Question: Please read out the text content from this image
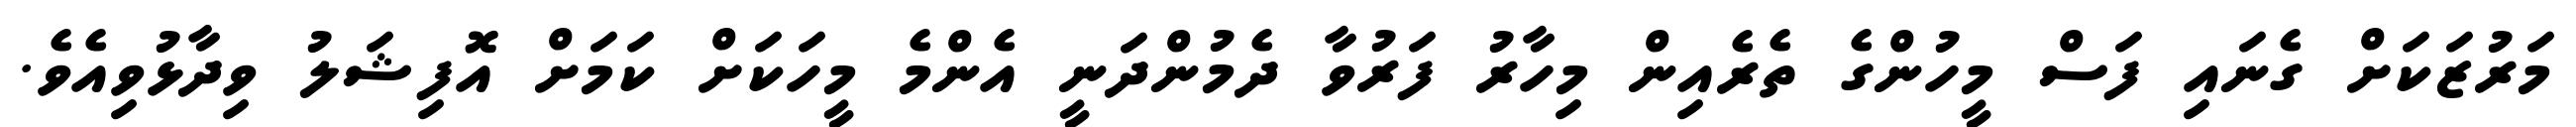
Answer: މަރުޒަކަށް ގެނައި ފަސް މީހުންގެ ތެރެއިން މިހާރު ފަރުވާ ދެމުންދަނީ އެންމެ މީހަކަށް ކަމަށް އޮފިޝަލު ވިދާޅުވިއެވެ.